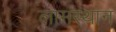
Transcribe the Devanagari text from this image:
लामस्थान